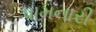
પામનારી